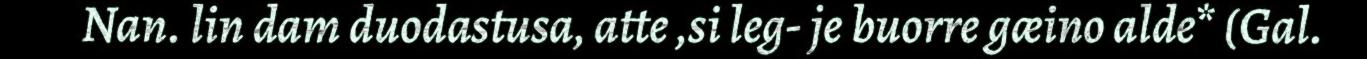
Nan. lin dam duodastusa, atte ,si leg- je buorre gæino alde* (Gal.